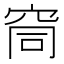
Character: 䆚